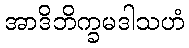
အာဒိဘိက္ခမဒါသဟံ